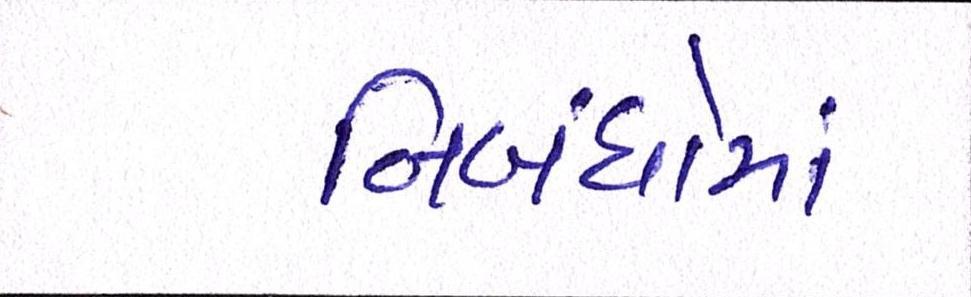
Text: નિબંધોમાં